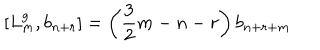
\left[ L _ { m } ^ { g } , b _ { n + r } \right] = \left( \frac { 3 } { 2 } m - n - r \right) b _ { n + r + m }